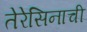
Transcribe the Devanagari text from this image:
तेरेसिनाची